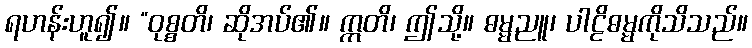
ရဟန်းဟူ၍။ “ဝုစ္စတိ၊ ဆိုအပ်၏။ ဣတိ၊ ဤသို့။ ဓမ္မညူ၊ ပါဠိဓမ္မကိုသိသည်။